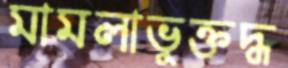
মামলাভুক্তদ্ধ